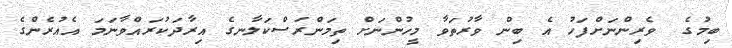
ބިމުގެ  ވެރިންނަށްފަހު އެ ބިން ވާރުތަވާ މީހުންނަށް ތިމަންރަސްކަލާނގެ އިރާދަކުރައްވާނަމަ އެއުރެންގެ